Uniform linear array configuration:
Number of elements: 32
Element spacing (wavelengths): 0.5
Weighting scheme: kaiser
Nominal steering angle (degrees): -15
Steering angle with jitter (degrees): -16.821
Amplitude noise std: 0.05
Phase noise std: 0.05

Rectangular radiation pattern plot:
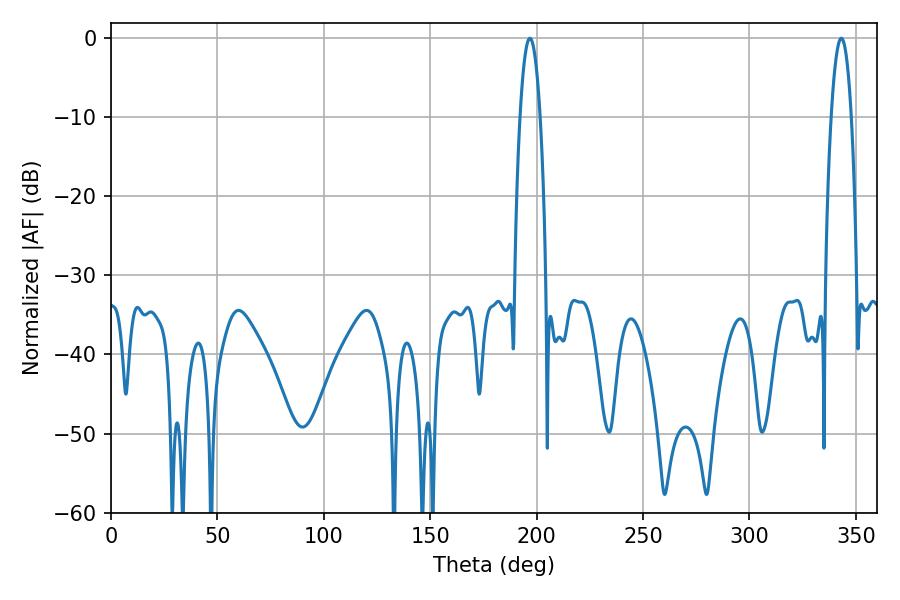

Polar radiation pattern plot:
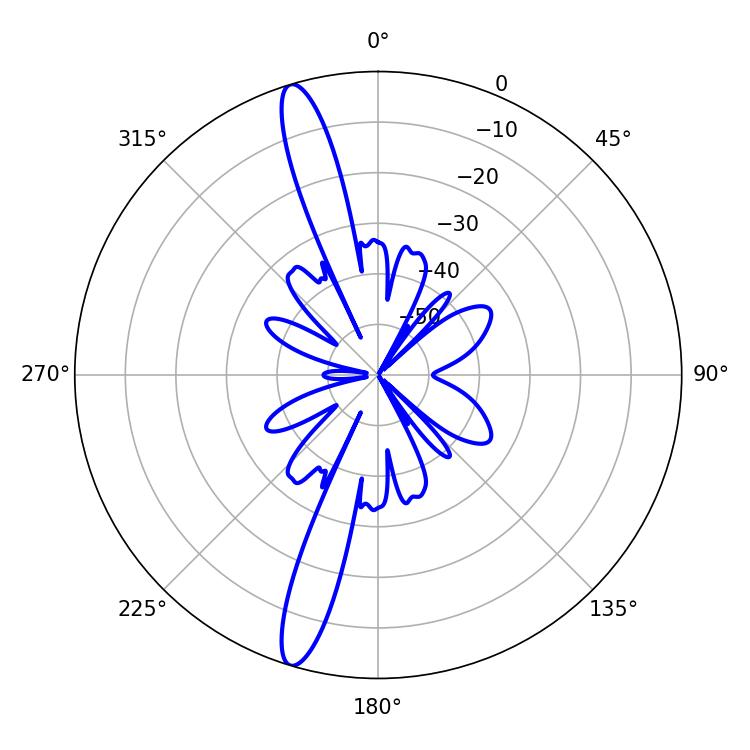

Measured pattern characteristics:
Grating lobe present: FALSE
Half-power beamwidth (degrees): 5.22
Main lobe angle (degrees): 343.08